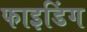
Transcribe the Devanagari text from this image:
फाइडिंग